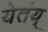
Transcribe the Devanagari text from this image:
येतंय्